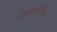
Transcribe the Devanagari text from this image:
उतपतित